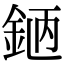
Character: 𨦖